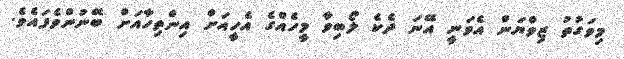
މިވަގުތު ޒިވްޔަން އެވަނީ އޭނަ ދެކެ ލޯބިވާ މީހެއްގެ އެހީއަށް އިންތިހާއަށް ބޭނުންވެފައެވެ.